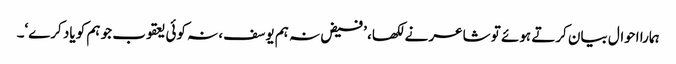
ہمارا احوال بیان کرتے ہوئے تو شاعر نے لکھا، ’فیض نہ ہم یوسف، نہ کوئی یعقوب جو ہم کو یاد کرے‘۔